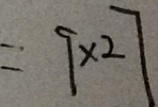
= \cdot 9 \times 2 7